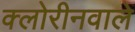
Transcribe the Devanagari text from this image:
क्लोरीनवाले